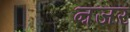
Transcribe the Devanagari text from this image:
ऩजर